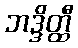
ဘဒ္ဒိတ္ထီ